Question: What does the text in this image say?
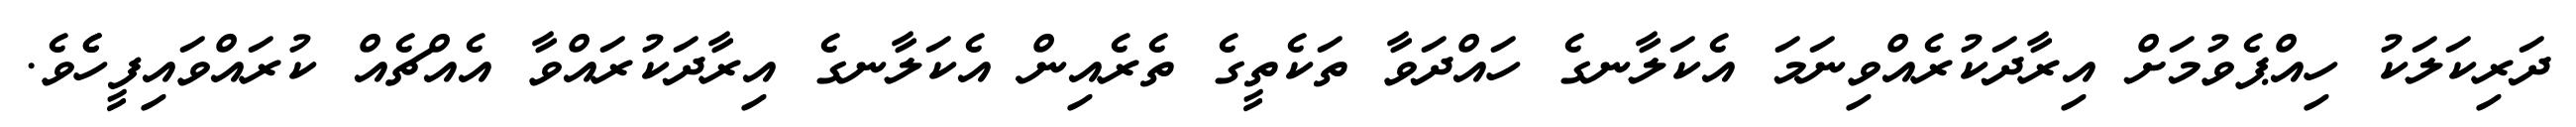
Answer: ދަރިކަލަކު ހިއްޕެވުމަށް އިރާދަކުރެއްވިނަމަ އެކަލާނގެ ހައްދަވާ ތަކެތީގެ ތެރެއިން އެކަލާނގެ އިރާދަކުރައްވާ އެއްޗެއް ކުރައްވައިފީހެެވެ.